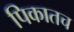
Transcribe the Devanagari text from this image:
पिकातच